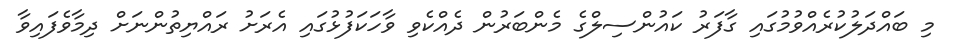
މި ބައްދަލުކުރެއްވުމުގައި ގާފަރު ކައުންސިލްގެ މެންބަރުން ދެއްކެވި ވާހަކަފުޅުގައި އެރަށު ރައްޔިތުންނަށް ދިމާވެފައިވާ